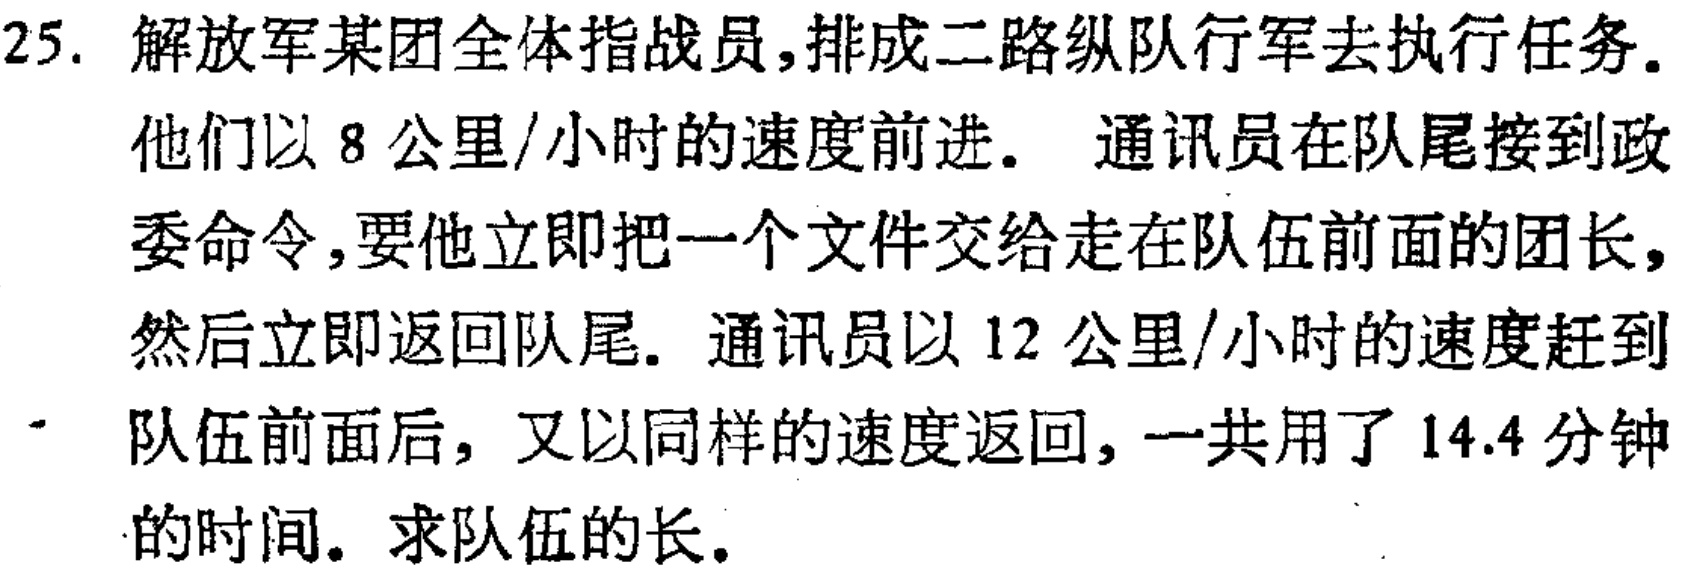
25. 解放军某团全体指战员，排成二路纵队行军去执行任务。他们以 8 公里/小时的速度前进。通讯员在队尾接到政委命令，要他立即把一个文件交给走在队伍前面的团长，然后立即返回队尾。通讯员以 12 公里/小时的速度赶到队伍前面后，又以同样的速度返回，一共用了 14.4 分钟的时间。求队伍的长。